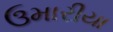
ઉમારીયા